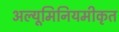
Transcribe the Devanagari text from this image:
अल्यूमिनियमीकृत